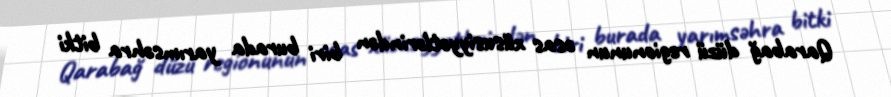
Qarabağ düzü regionunun əsas xüsusiyyətlərindən biri burada yarımsəhra bitki